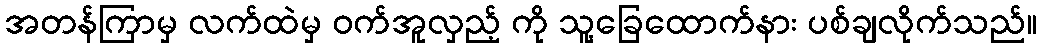
အတန်ကြာမှ လက်ထဲမှ ဝက်အူလှည့် ကို သူ့ခြေထောက်နား ပစ်ချလိုက်သည်။